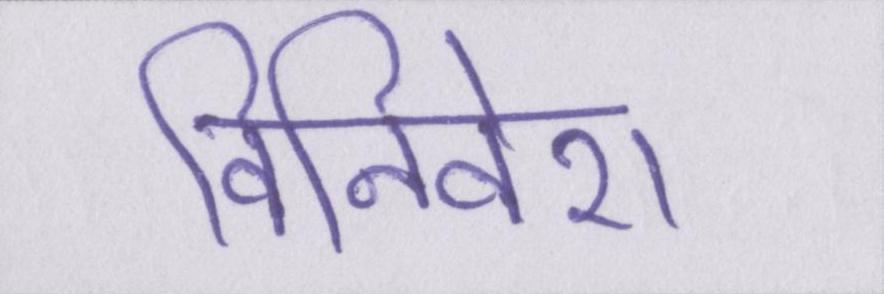
विनिवेश